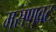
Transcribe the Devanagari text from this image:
मसणवट